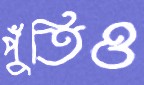
পুঁতিও